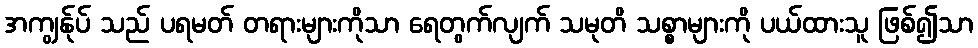
အကျွန်ုပ် သည် ပရမတ် တရားများကိုသာ ရေတွက်လျက် သမုတိ သစ္စာများကို ပယ်ထားသူ ဖြစ်၍သာ